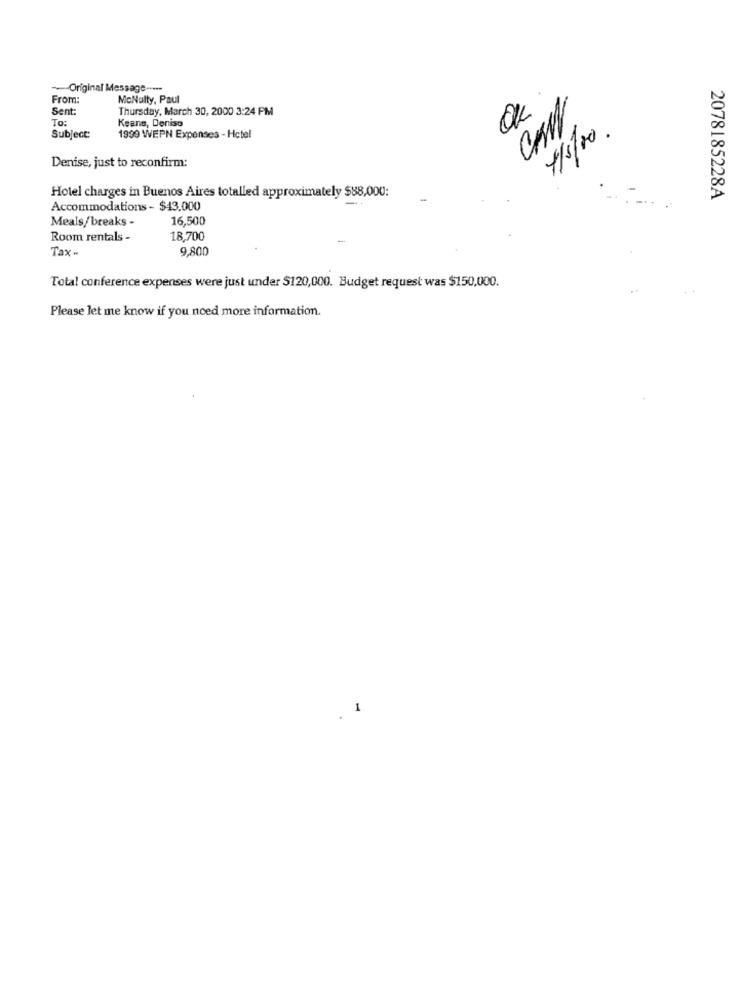
-Original Message -....
From:
MoNulty, Paul
Sent
Thursday, March 30, 2000 3:24 PM
To:
Keane, Denise
OK
4/5/00.
Subject:
1999 WEPN Expenses - Hctel
Denise, just to reconfirm:
Hotel charges in Buenos Aires totalled approximately $88,000:
2078185228A
Accommodations - $43.000
Meals/breaks -
16,500
Room rentals -
18,700
-
Tax-
9,800
Total conference expenses were just under $120,000. Budget request was $150,000.
Please let me know if you need more information.